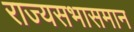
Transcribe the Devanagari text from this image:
राज्यसभासमान